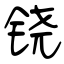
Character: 铙